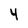
Character: 4